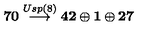
{ \bf 7 0 } \stackrel { U s p ( 8 ) } { \longrightarrow } { \bf 4 2 } \oplus { \bf 1 } \oplus { \bf 2 7 }